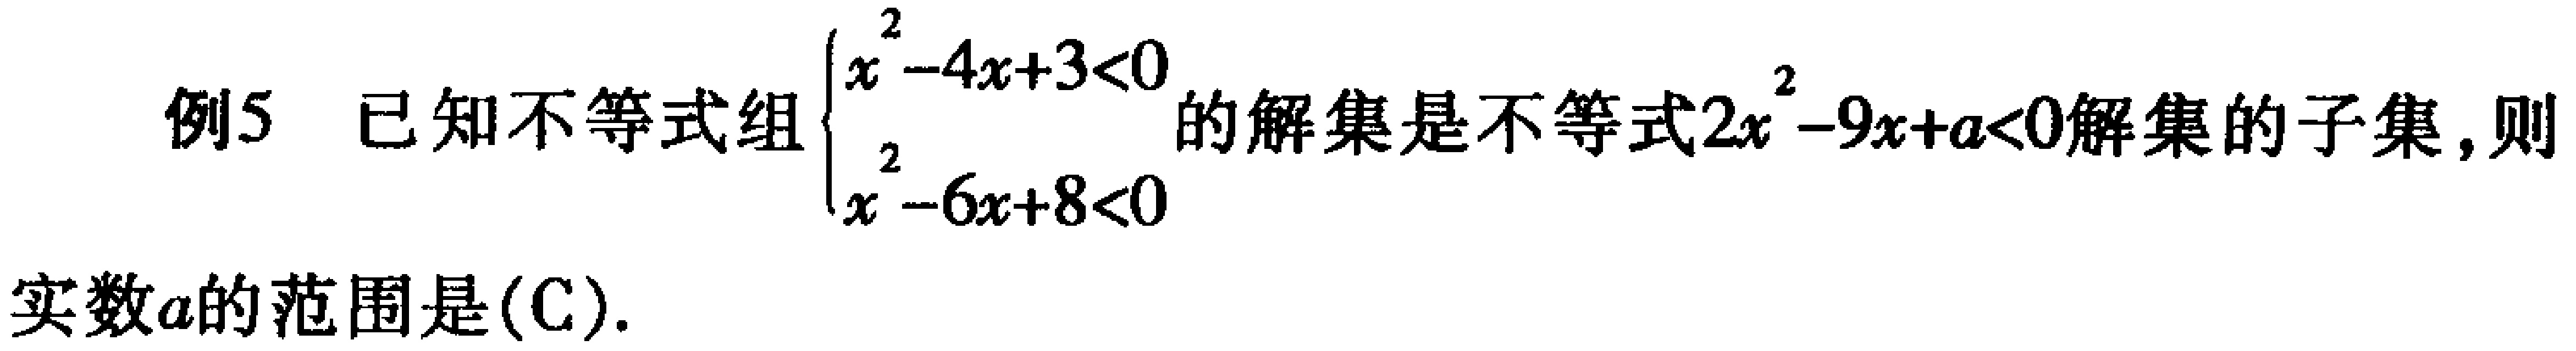
例5 已知不等式组$\begin{cases}x^{2}-4x + 3<0 \\ x^{2}-6x + 8<0\end{cases}$的解集是不等式$2x^{2}-9x + a<0$解集的子集，则
实数$a$的范围是(C).